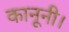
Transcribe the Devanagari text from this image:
कानूनी।